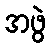
အဖွဲ